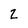
Character: 2